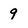
Character: 9